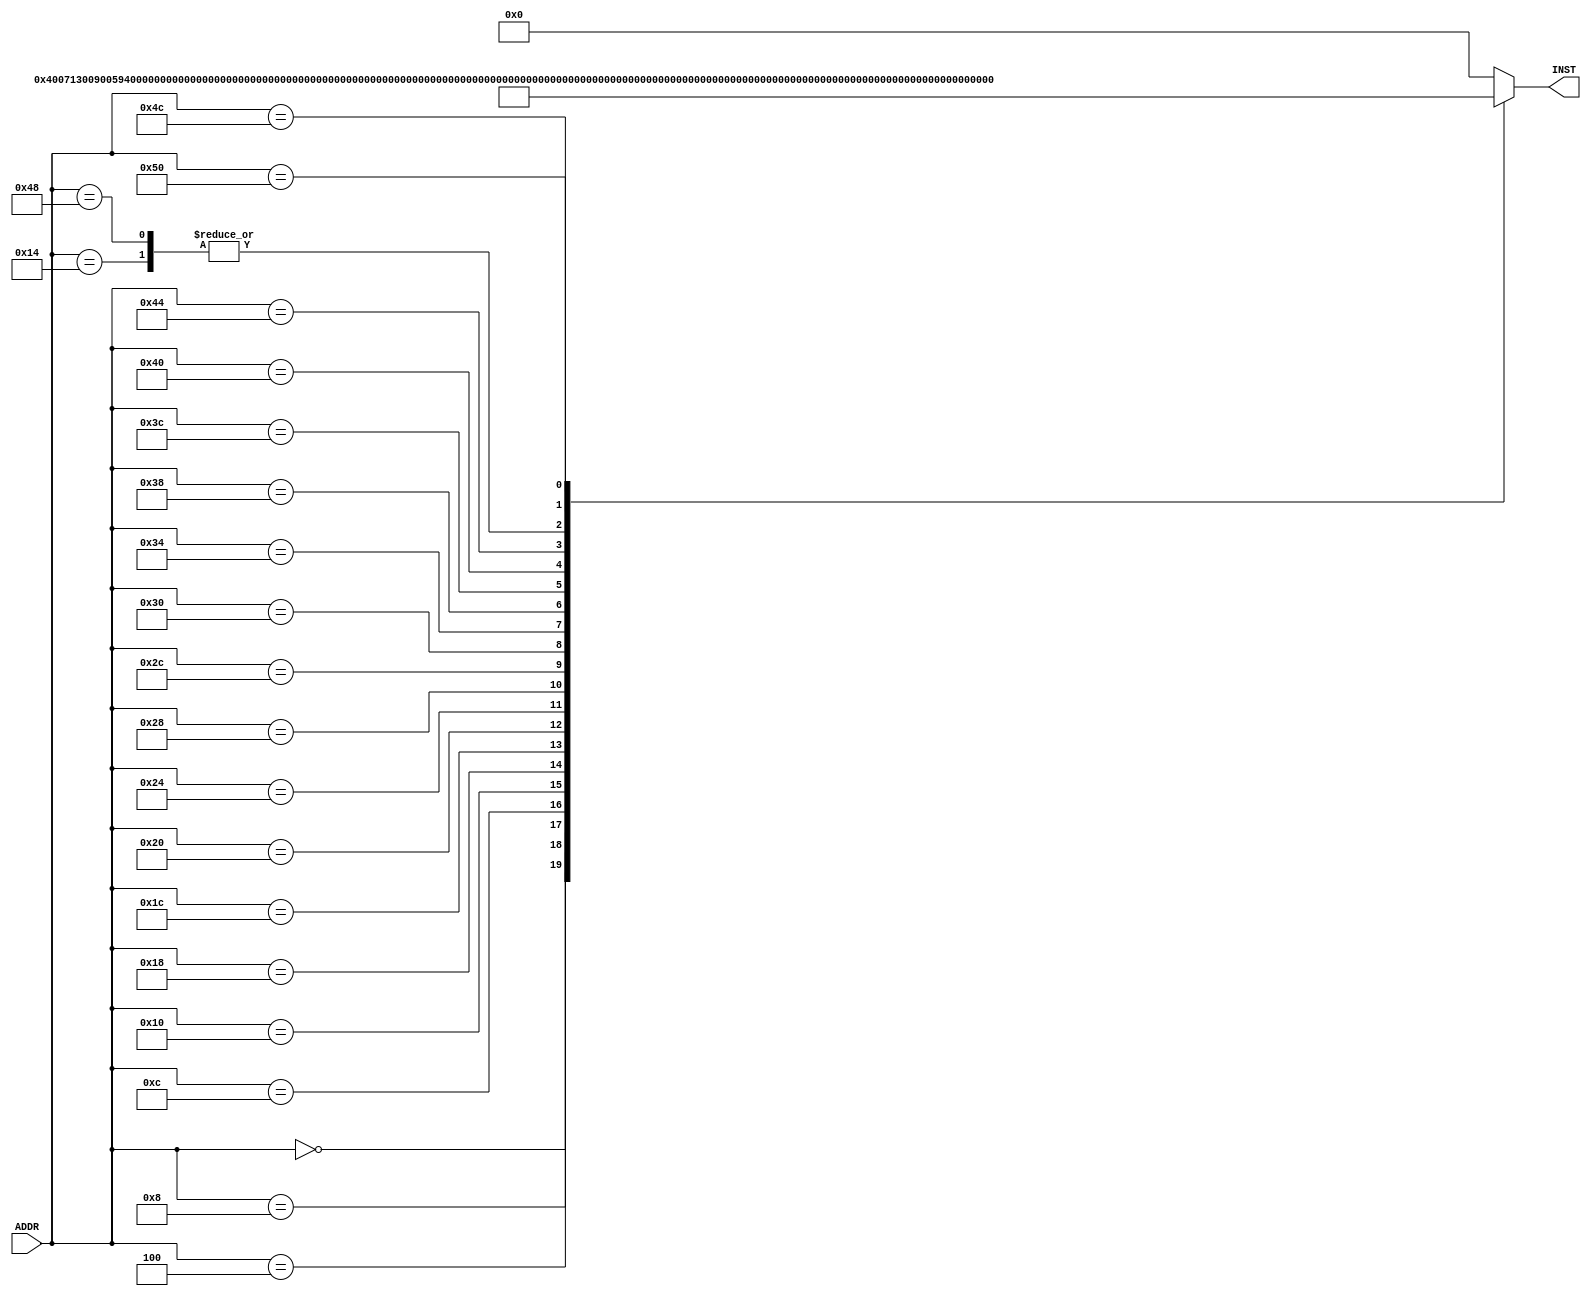
module Vr_inst_mem(ADDR, INST);
  input [31:0] ADDR;
  output reg [31:0] INST;

  integer i;


  always @ (ADDR)
  begin
    case(ADDR)
      // Bubble Sort
      0 : INST = 32'h00400713;//addi a4, zero, 4
      4 : INST = 32'h00900593;//addi a1, zero, 9
      8 : INST = 32'h00259593;//slli a1, a1, 2
      12: INST = 32'h00000533;//add a0, zero, zero
      16: INST = 32'h000002b3;//add t0, zero, zero 
      20: INST = 32'h00000333;// add t1, zero, zero
      24: INST = 32'h000003b3;//add t2, zero, zero 
      // .LOOP
      28: INST = 32'h006483b3;//add  t2, s1, t1  
      32: INST = 32'h00430313;//addi  t1, t1, 4
      36: INST = 32'h00530e33;//add t3, t1, t0  
      40: INST = 32'h04be0063;//beq t3, a1, .TLOOP  
      44: INST = 32'h0003A503;//lw a0, 0(t2)
      48: INST = 32'h0043A603;//  lw a2, 4(t2)
      52: INST = 32'h00a64863;// blt a2, a0, .SWAP  
      56: INST = 32'hfc0004e3;//beq zero, zero, .LOOP 
      // .SWAP 
      60: INST = 32'h00a3a223;//  sw a0, 4(t2)  
      64: INST = 32'h00c3a023;//  sw a2, 0(t2)
      68: INST = 32'hfa0008e3;//  beq zero, zero, .LOOP
      // .TLOOP
      72: INST = 32'h00000333;//add t1, zero, zero  
      76: INST = 32'h00428293;//addi t0, t0, 4  
      80: INST = 32'hf8b2cce3;//blt t0, a1, .LOOP
      default: INST = 32'h00000000;
    endcase
  end
endmodule